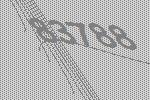
83788